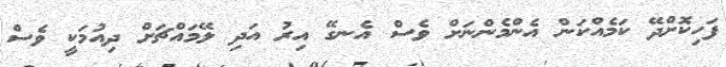
ފަހިކޮށްދޭ ކަމެއްކަން އެންމެންނަށް ވެސް އެނގޭ އިރު އަދި ލޭމައްޗަށް ދިއުމަކީ ވެސް